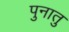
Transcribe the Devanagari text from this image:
पुनातु